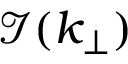
\mathcal { I } ( k _ { \perp } )